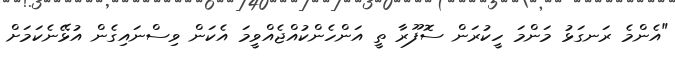
"އެންމެ ރަނގަޅު މަންމަ ހީކުރަން ސޮފޫރާ ތީ އަންހެންކުއްޖެއްވީމަ އެކަން ވިސްނައިގެން އުޅޭނެކަމަށް